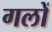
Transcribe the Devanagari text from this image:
गलों